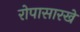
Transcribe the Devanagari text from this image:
रोपासारखे